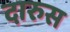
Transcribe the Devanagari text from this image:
दारुस